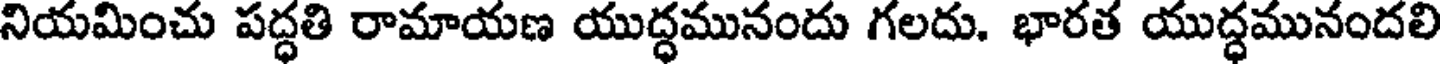
నియమించు పద్ధతి రామాయణ యుద్ధమునందు గలదు. భారత యుద్ధమునందలి